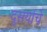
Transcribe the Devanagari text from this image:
दुसर्याचे